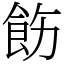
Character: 飭